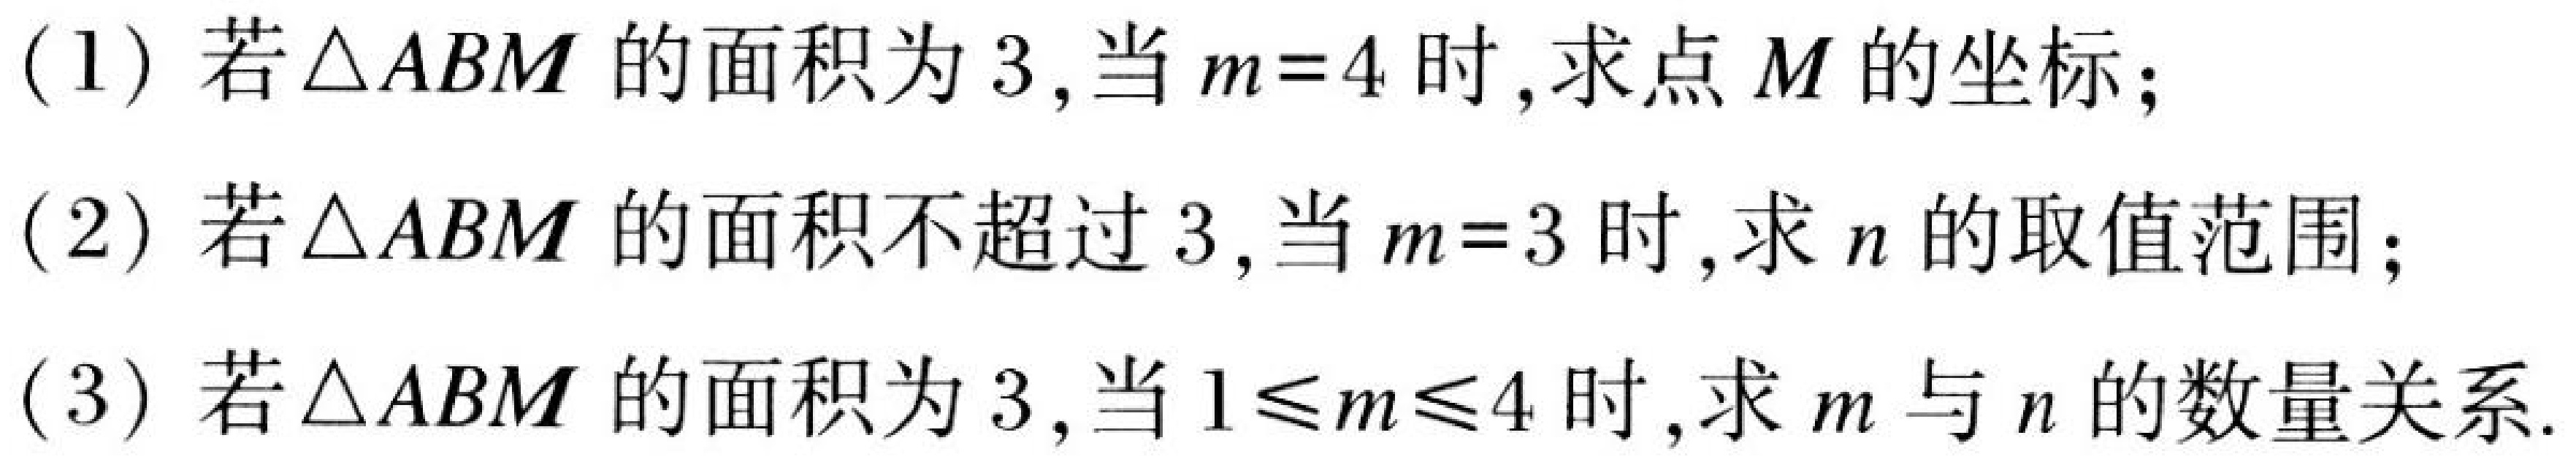
(1) 若\(\triangle ABM\)的面积为\(3\),当\(m = 4\)时,求点\(M\)的坐标;
(2) 若\(\triangle ABM\)的面积不超过\(3\),当\(m = 3\)时,求\(n\)的取值范围;
(3) 若\(\triangle ABM\)的面积为\(3\),当\(1\leqslant m\leqslant4\)时,求\(m\)与\(n\)的数量关系.